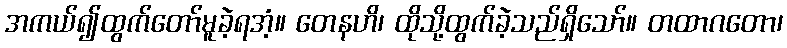
အကယ်၍ထွက်တော်မူခဲ့ရအံ့။ တေနဟိ၊ ထိုသို့ထွက်ခဲ့သည်ရှိသော်။ တထာဂတော၊